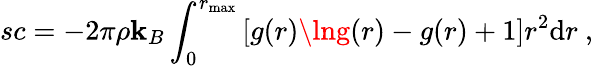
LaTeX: sc=-2\pi\rho\mathbf{k}_{B}\int_{0}^{r_{\mathrm{{max}}}}\left[g(r)\lng(r)-g(r)+1\right]r^{2}\mathrm{{d}}r~,